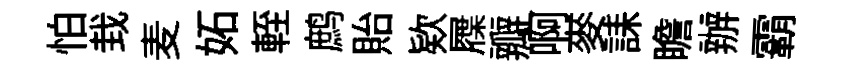
怕㘽麦妬輊鹧貽欵屧瓣啊麥誄瞻辦霸